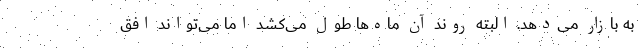
به بازار می‌دهد. البته روند آن ماه‌ها طول می‌کشد اما می‌تواند افق